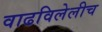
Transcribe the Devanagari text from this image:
वाढविलेलीच